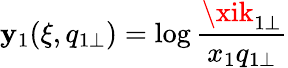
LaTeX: \mathbf{y}_{1}(\xi,q_{1\perp})=\log\frac{{\xik_{1\perp}}}{{x_{1}q_{1\perp}}}